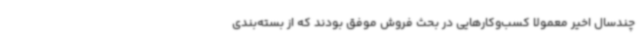
چندسال اخیر معمولا کسب‌وکارهایی در بحث فروش موفق بودند که از بسته‌بندی